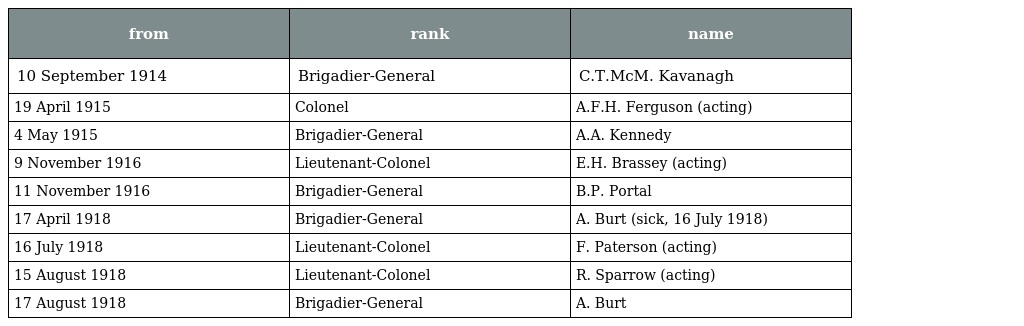
| from | rank | name |
 | --- | --- | --- |
 | 10 September 1914 | Brigadier-General | C.T.McM. Kavanagh |
 | 19 April 1915 | Colonel | A.F.H. Ferguson (acting) |
 | 4 May 1915 | Brigadier-General | A.A. Kennedy |
 | 9 November 1916 | Lieutenant-Colonel | E.H. Brassey (acting) |
 | 11 November 1916 | Brigadier-General | B.P. Portal |
 | 17 April 1918 | Brigadier-General | A. Burt (sick, 16 July 1918) |
 | 16 July 1918 | Lieutenant-Colonel | F. Paterson (acting) |
 | 15 August 1918 | Lieutenant-Colonel | R. Sparrow (acting) |
 | 17 August 1918 | Brigadier-General | A. Burt |